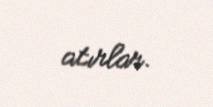
atırlar.